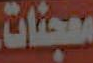
معجنات